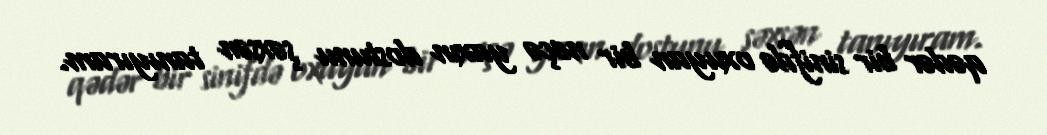
qədər bir sinifdə oxuyan bir neçə yaxın dostunu şəxsən tanıyıram.